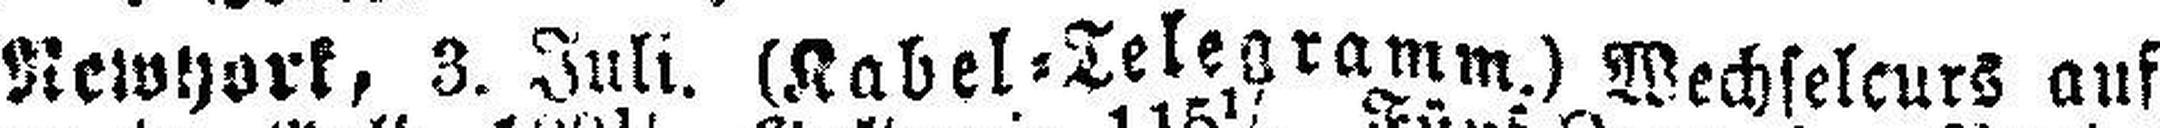
Newyork, 3 Juli. (Kabel=Telegramm.) Wechselcurs auf